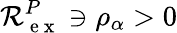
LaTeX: \mathcal R_{\mathrm{~e~x~}}^{P}\ni\rho_{\alpha}>0